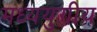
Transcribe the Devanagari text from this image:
मध्ययुगीय